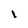
Character: 1